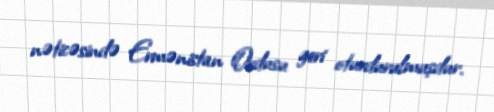
nəticəsində Ermənistan Ordusu geri oturdurulmuşdur.